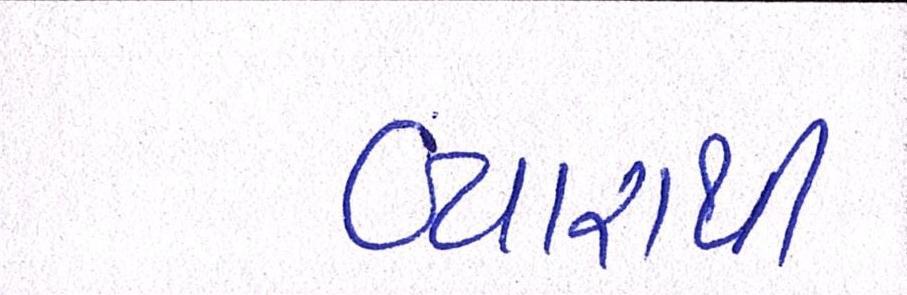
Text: વ્યારાથી